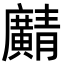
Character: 𫸎